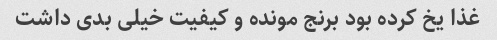
غذا یخ کرده بود برنج مونده و کیفیت خیلی بدی داشت